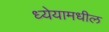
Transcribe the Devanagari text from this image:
ध्येयामधील